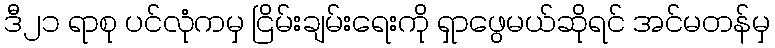
ဒီ၂၁ ရာစု ပင်လုံကမှ ငြိမ်းချမ်းရေးကို ရှာဖွေမယ်ဆိုရင် အင်မတန်မှ